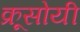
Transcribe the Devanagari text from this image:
क्रूसोयी